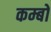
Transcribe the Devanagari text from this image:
कम्बो